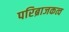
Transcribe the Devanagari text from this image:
परिब्राजकत्व